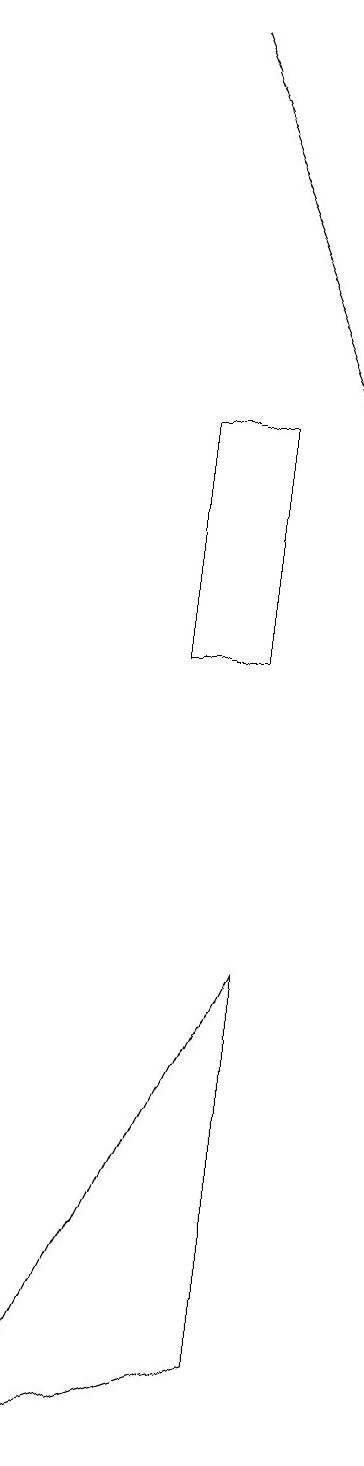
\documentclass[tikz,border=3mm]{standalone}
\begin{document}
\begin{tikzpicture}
\draw (4,14) rectangle (3,11);
\draw (1,1) -- (4,2) -- (4,7) -- cycle;
\draw[->] (3,19) -- (5,14);
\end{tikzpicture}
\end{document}